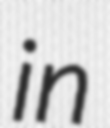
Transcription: in